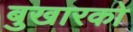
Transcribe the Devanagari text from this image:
बुखारको